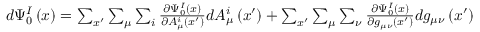
\begin{array} { r } { d \Psi _ { 0 } ^ { I } \left( x \right) = \sum _ { x ^ { \prime } } \sum _ { \mu } \sum _ { i } \frac { \partial \Psi _ { 0 } ^ { I } \left( x \right) } { \partial A _ { \mu } ^ { i } \left( x ^ { \prime } \right) } d A _ { \mu } ^ { i } \left( x ^ { \prime } \right) + \sum _ { x ^ { \prime } } \sum _ { \mu } \sum _ { \nu } \frac { \partial \Psi _ { 0 } ^ { I } \left( x \right) } { \partial g _ { \mu \nu } \left( x ^ { \prime } \right) } d g _ { \mu \nu } \left( x ^ { \prime } \right) } \end{array}